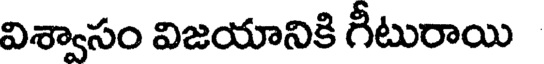
విశ్వాసం విజయానికి గీటురాయి